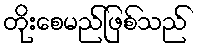
တိုးစေမည်ဖြစ်သည်